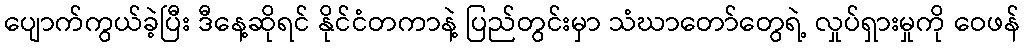
ပျောက်ကွယ်ခဲ့ပြီး ဒီနေ့ဆိုရင် နိုင်ငံတကာနဲ့ ပြည်တွင်းမှာ သံဃာတော်တွေရဲ့ လှုပ်ရှားမှုကို ဝေဖန်